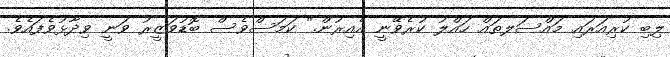
ލިބި ކުރިއަރައި މައްސަލތައް ހައްލު ކުރެވޭނީ އެއިރުން." ކަމަސްވެސް ބޮޑުވަޒީރު ވަނީ ވިދާޅުވެފައެވެ.